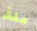
منذ